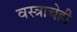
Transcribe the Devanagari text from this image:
वस्त्राचेही